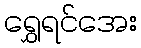
ရွှေရင်အေး